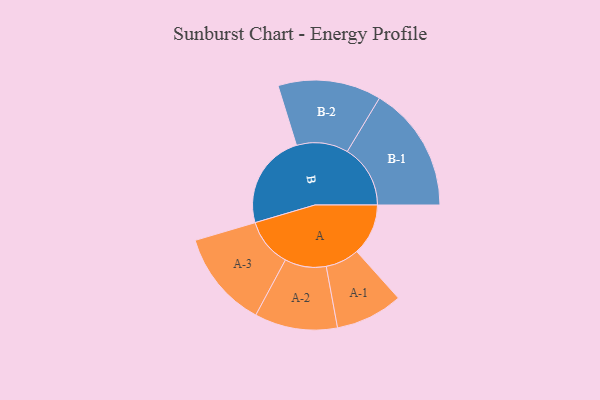
{"axis": {"x": "Segment", "y": "Value"}, "legend": ["", "A", "B"], "data": [{"x": "A", "y": 240, "type": ""}, {"x": "B", "y": 445, "type": ""}, {"x": "A-1", "y": 157, "type": "A"}, {"x": "A-2", "y": 193, "type": "A"}, {"x": "A-3", "y": 226, "type": "A"}, {"x": "B-1", "y": 294, "type": "B"}, {"x": "B-2", "y": 241, "type": "B"}]}